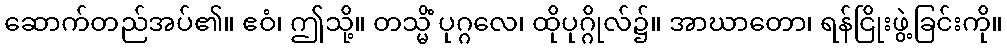
ဆောက်တည်အပ်၏။ ဧဝံ၊ ဤသို့။ တသ္မိံ ပုဂ္ဂလေ၊ ထိုပုဂ္ဂိုလ်၌။ အာဃာတော၊ ရန်ငြိုးဖွဲ့ခြင်းကို။